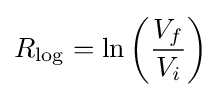
R_{\mathrm {log} }=\ln \left({\frac {V_{f}}{V_{i}}}\right)